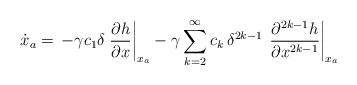
\begin{align*}\dot{{x}}_a = \, -\gamma c_1 \delta \left.\dfrac{\partial h}{\partial x}\right|_{{x}_a} -\gamma \sum_{k=2}^{\infty} c_k \,{\delta^{2k-1}}\,\left.\dfrac{\partial^{2k-1}h}{\partial x^{2k-1}} \right|_{{x}_a} \end{align*}